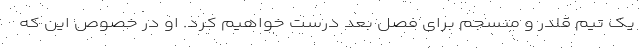
یک تیم قلدر و منسجم برای فصل بعد درست خواهیم کرد. او در خصوص این که